Report of the Indian Hemp Drugs Commission, 1894-1895 - Volume VI
Year: 1894
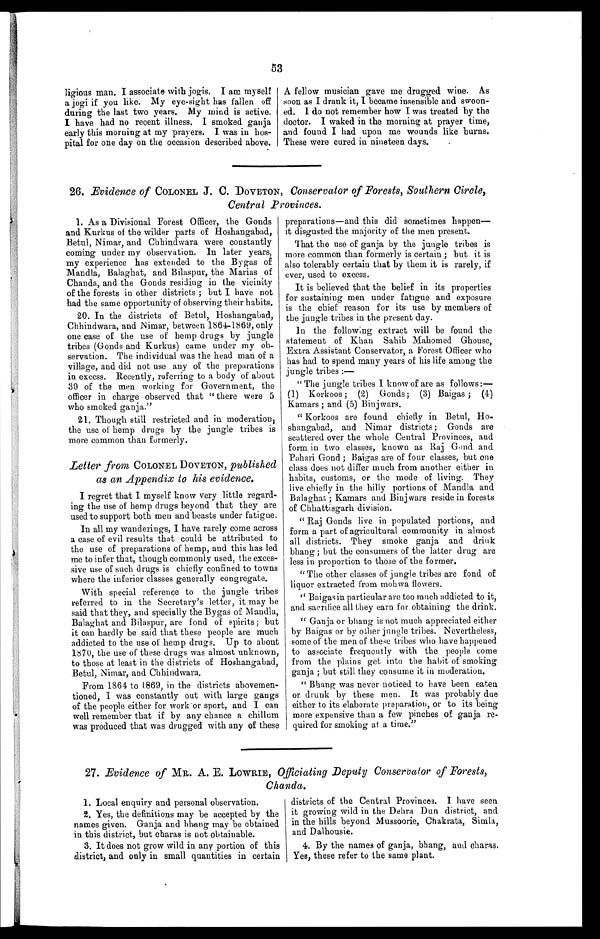
53
ligious man. I associate with jogis. I am myself
a jogi if you like. My eye-sight has fallen off
during the last two years. My mind is active.
I have had no recent illness. I smoked ganja
early this morning at my prayers. I was in hos-
pital for one day on the occasion described above.
A fellow musician gave me drugged wine. As
soon as I drank it, Ibecame insensible and swoon-
ed. I do not remember how I was treated by the
doctor. I waked in the morning at prayer time,
and found I had upon me wounds like burns.
These were cured in nineteen days.
26. Evidence of COLONEL J. C. DOVETON, Conservator of Forests, Southern Circle,
Central Provinces.
1. As a Divisional Forest Officer, the Gonds
and Kurkus of the wilder parts of Hoshangabad,
Betul, Nimar, and Chhindwara were constantly
coming under my observation. In later years,
my experience has extended to the Bygas of
Mandla, Balaghat, and Bilaspur, the Marias of
Chanda, and the Gonds residing in the vicinity
of the forests in other districts ; but I have not
had the same opportunity of observing their habits.
20. In the districts of Betul, Hoshangabad,
Chhindwara, and Nimar, between 1864-1869, only
one case of the use of hemp drugs by jungle
tribes (Gonds and Kurkus) came under my ob-
servation. The individual was the head man of a
village, and did not use any of the preparations
in excess. Recently, referring to a body of about
30 of the men working for Government, the
officer in charge observed that " there were 5
who smoked ganja."
21. Though still restricted and in moderation,
the use of hemp drugs by the jungle tribes is
more common than formerly.
Letter from COLONEL DOVETON, published
as an Appendix to his evidence.
I regret that I myself know very little regard-
ing the use of hemp drugs beyond that they are
used to support both men and beasts under fatigue.
In all my wanderings, I have rarely come across
a case of evil results that could be attributed to
the use of preparations of hemp, and this has led
me to infer that, though commonly used, the exces-
sive use of such drugs is chiefly confined to towns
where the inferior classes generally congregate.
With special reference to the jungle tribes
referred to in the Secretary's letter, it may be
said that they, and specially the Bygas of Mandla,
Balaghat and Bilaspur, are fond of spirits; but
it can hardly be said that these people are much
addicted to the use of hemp drugs. Up to about
1870, the use of these drugs was almost unknown,
to those at least in the districts of Hoshangabad,
Betul, Nimar, and Chhindwara.
From 1864 to 1869, in the districts abovemen-
tioned, I was constantly out with large gangs
of the people either for work or sport, and I can
well remember that if by any chance a chillum
was produced that was drugged with any of these
preparations—and this did sometimes happen—
it disgusted the majority of the men present.
That the use of ganja by the jungle tribes is
more common than formerly is certain ; but it is
also tolerably certain that by them it is rarely, if
ever, used to excess.
It is believed that the belief in its properties
for sustaining men under fatigue and exposure
is the chief reason for its use by members of
the jungle tribes in the present day.
In the followi ng extract will be found the
statement of Khan Sahib Mahomed Ghouse,
Extra Assistant Conservator, a Forest Officer who
has had to spend many years of his life among the
jungle tribes :—
" The jungle tribes I know of are as follows:—
(1) Korkoos ; (2) Gonds ; (3) Baigas ; (4)
Kamars ; and (5) Binjwars.
" Korkoos are found chiefly in Betul, Ho-
shangabad, and Nimar districts; Gonds are
scattered over the whole Central Provinces, and
form in two classes, known as Raj Gond and
Pahari Gond ; Baigas are of four classes, but one
class does not differ much from another either in
habits, customs, or the mode of living. They
live chiefly in the hilly portions of Mandla and
Balaghat ; Kamars and Binjwars reside in forests
of Chhattisgarh division.
" Raj Gonds live in populated portions, and
form a part of agricultural community in almost
all districts. They smoke ganja and drink
bhang ; but the consumers of the latter drug are
less in proportion to those of the former.
"The other classes of jungle tribes are fond of
liquor extracted from mohwa flowers.
" Baigas in particular are too much addicted to it,
and sacrifice all they earn for obtaining the drink.
" Ganja or bhang is not much appreciated either
by Baigas or by other jungle tribes. Nevertheless,
some of the men of' these tribes who have happened
to associate frequently with the people come
from the plains get into the habit of smoking
ganja ; but still they consume it in moderation.
" Bhang was never noticed to have been eaten
or drunk by these men. It was probably due
either to its elaborate preparation, or to its being
more expensive than a few pinches of ganja re-
quired for smoking at a time."
27. Evidence of MR. A. E. LOWRIE, Officiating Deputy Conservator of Forests,
Chanda.
districts of the Central Provinces. I have seen
it growing wild in the Dehra Dun district, and.
in the hills beyond Mussoorie, Chakrata, Simla,
and Dalhousie.
4. By the names of ganja, bhang, and charas.
Yes, these refer to the same plant.